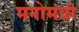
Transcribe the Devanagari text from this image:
मनोमंत्री